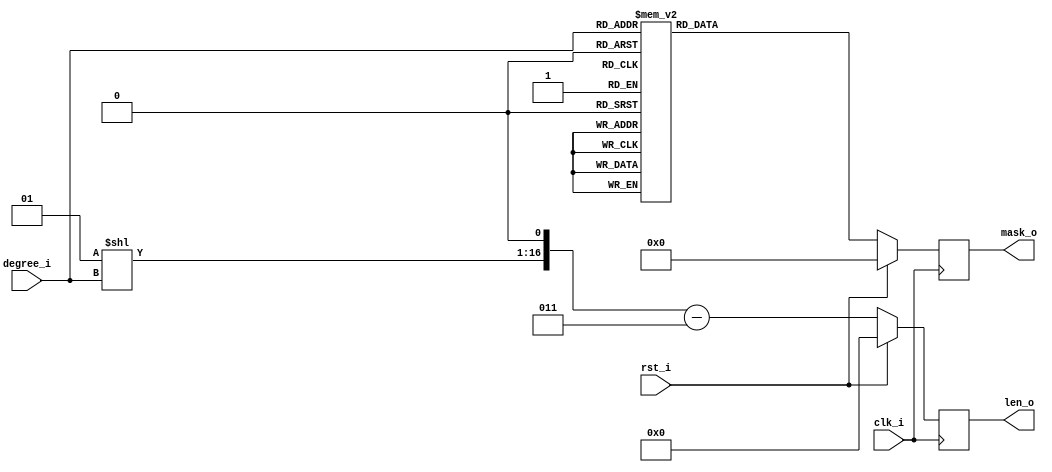
// -*- verilog -*-
//
//  USRP - Universal Software Radio Peripheral
//
//  Copyright (C) 2007 Corgan Enterprises LLC
//
//  This program is free software; you can redistribute it and/or modify
//  it under the terms of the GNU General Public License as published by
//  the Free Software Foundation; either version 2 of the License, or
//  (at your option) any later version.
//
//  This program is distributed in the hope that it will be useful,
//  but WITHOUT ANY WARRANTY; without even the implied warranty of
//  MERCHANTABILITY or FITNESS FOR A PARTICULAR PURPOSE.  See the
//  GNU General Public License for more details.
//
//  You should have received a copy of the GNU General Public License
//  along with this program; if not, write to the Free Software
//  Foundation, Inc., 51 Franklin Street, Boston, MA  02110-1301  USA
//

module lfsr_constants(clk_i,rst_i,degree_i,mask_o,len_o);
   input             clk_i;
   input             rst_i;
   input      [4:0]  degree_i;
   output reg [15:0] mask_o;
   output reg [16:0] len_o;

   integer len;
   
   always @(posedge clk_i)
     if (rst_i)
       begin
	  len_o <= #5 17'b0;
	  mask_o <= #5 16'b0;
       end
     else
       begin
	  len_o <= #5 ((1 << degree_i) << 1)-3;
	  
	  case (degree_i)
	    5'd00: mask_o <= #5 16'h0000;
	    5'd01: mask_o <= #5 16'h0001;
	    5'd02: mask_o <= #5 16'h0003;
	    5'd03: mask_o <= #5 16'h0005;
	    5'd04: mask_o <= #5 16'h0009;
	    5'd05: mask_o <= #5 16'h0012;
	    5'd06: mask_o <= #5 16'h0021;
	    5'd07: mask_o <= #5 16'h0041;
	    5'd08: mask_o <= #5 16'h008E;
	    5'd09: mask_o <= #5 16'h0108;
	    5'd10: mask_o <= #5 16'h0204;
	    5'd11: mask_o <= #5 16'h0402;
	    5'd12: mask_o <= #5 16'h0829;
	    5'd13: mask_o <= #5 16'h100D;
	    5'd14: mask_o <= #5 16'h2015;
	    5'd15: mask_o <= #5 16'h4001;
	    5'd16: mask_o <= #5 16'h8016;
	    default: mask_o <= #5 16'h0000;
          endcase // case(degree_i)
       end // else: !if(rst_i)

endmodule // lfsr_constants